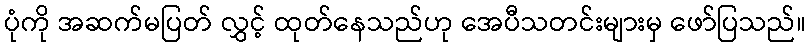
ပုံကို အဆက်မပြတ် လွှင့် ထုတ်နေသည်ဟု အေပီသတင်းများမှ ဖော်ပြသည်။